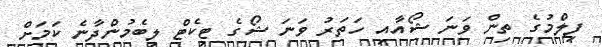
ފިލްމުގެ ތިން ވަނަ ޝޯއާއި ހަތަރު ވަނަ ޝޯގެ ޓިކެޓް ލިބެމުންދާނެ ކަމަށް